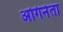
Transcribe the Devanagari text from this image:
अगिनेता